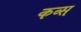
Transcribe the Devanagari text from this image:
कव्स